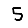
Digit: 5